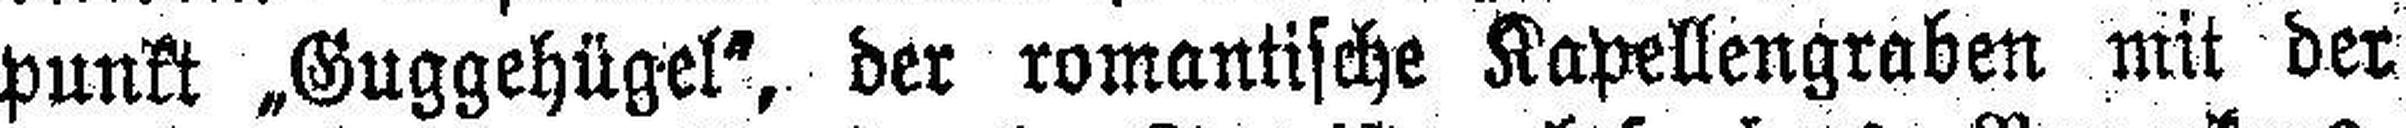
punkt „Guggehügel", der romantische Kapellengraben mit der